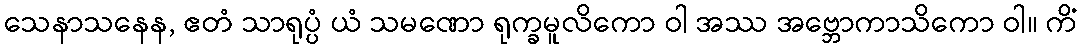
သေနာသနေန, ဧတံ သာရုပ္ပံ ယံ သမဏော ရုက္ခမူလိကော ဝါ အဿ အဗ္ဘောကာသိကော ဝါ။ ကိံ